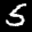
Label: 5